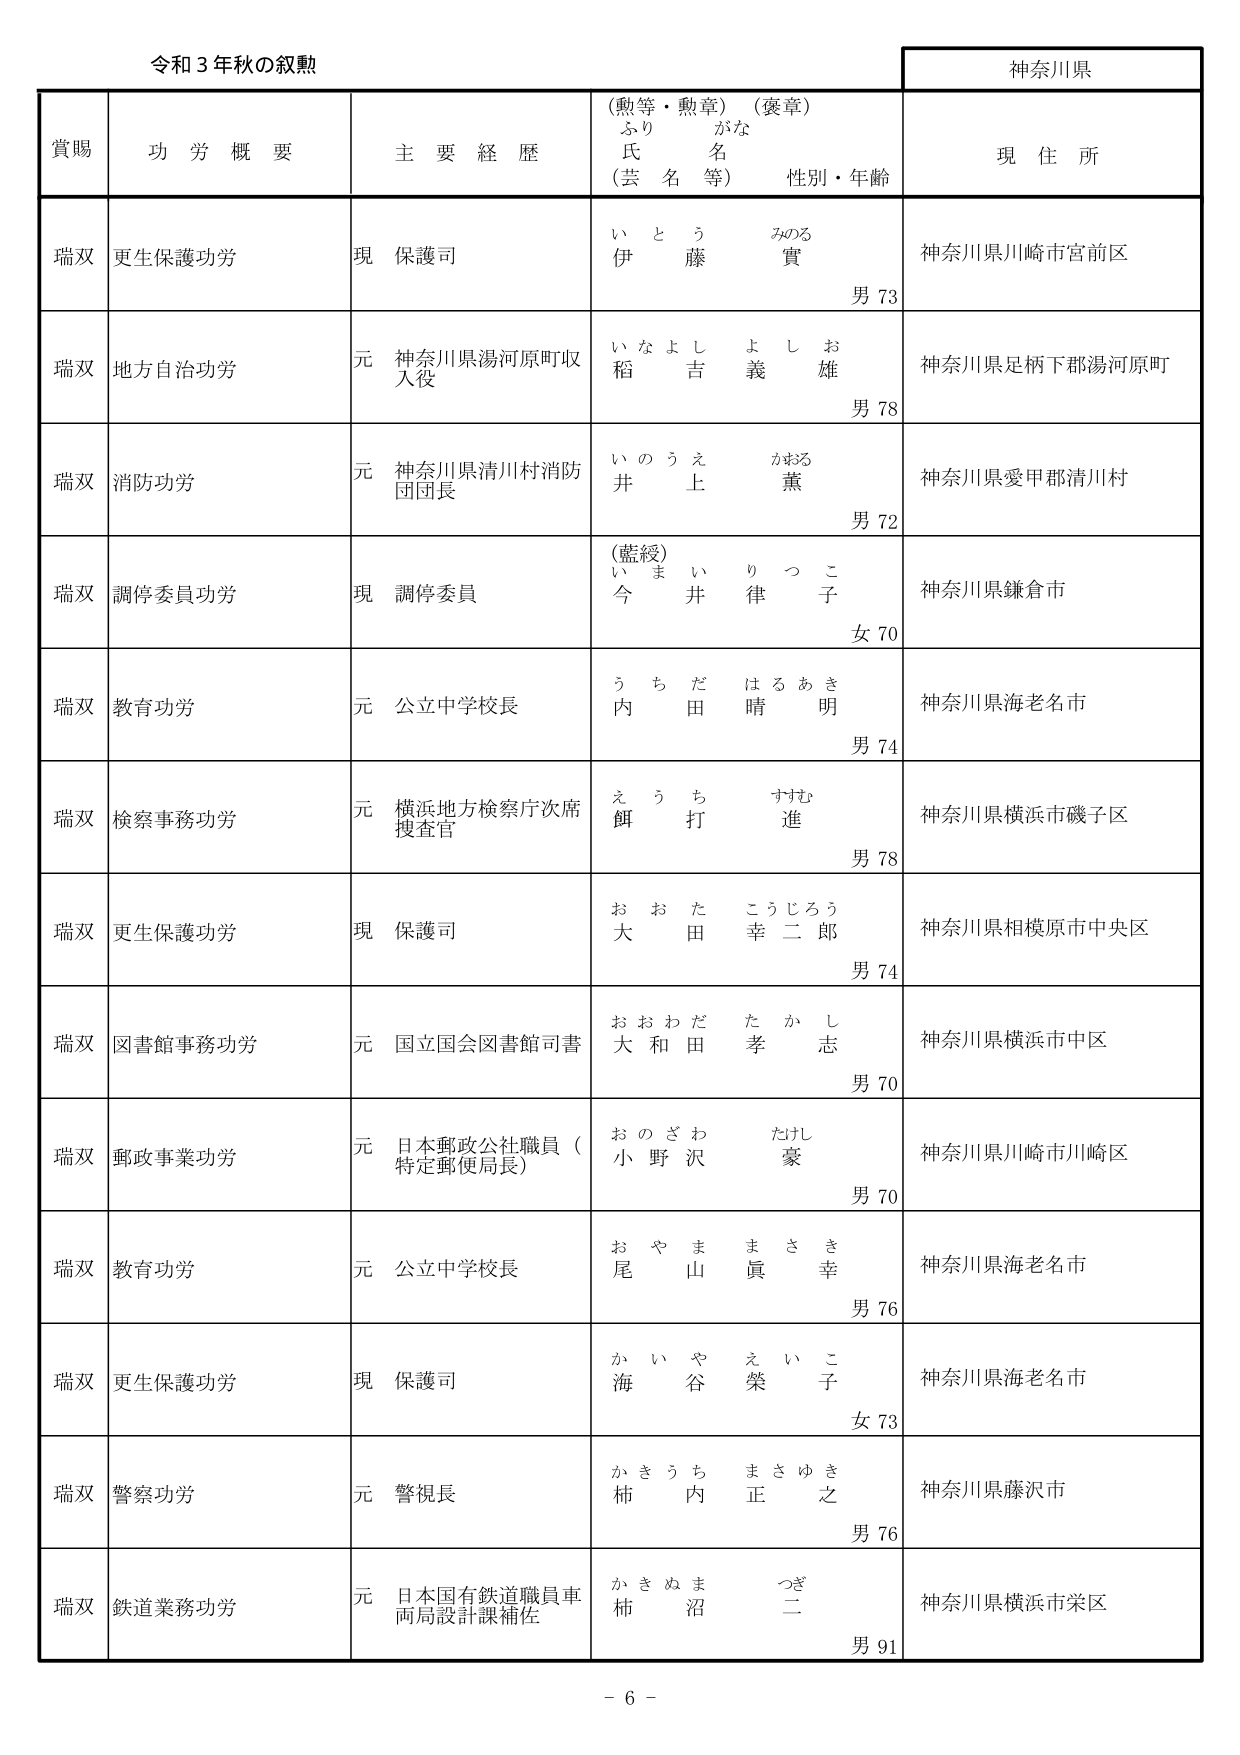
令和３年秋の叙勲

神奈川県

賞賜　　功労概要　　主要経歴　　（勲等・勲章）（褒章）　　現住所
　　　　　　　　　　　　ふりがな
　　　　　　　　　　　　氏名（芸名等）　　性別・年齢

瑞双　更生保護功労　　現　保護司　　いとう　みのる　伊藤　實　　男73　　神奈川県川崎市宮前区

瑞双　地方自治功労　　元　神奈川県湯河原町収入役　　いなよし　よしお　稲吉　義雄　　男78　　神奈川県足柄下郡湯河原町

瑞双　消防功労　　元　神奈川県清川村消防団団長　　いのうえ　かおる　井上　薫　　男72　　神奈川県愛甲郡清川村

瑞双　調停委員功労　　現　調停委員　　（藍綬）いまい　りつこ　今井　律子　　女70　　神奈川県鎌倉市

瑞双　教育功労　　元　公立中学校長　　うちだ　はるあき　内田　晴明　　男74　　神奈川県海老名市

瑞双　検察事務功労　　元　横浜地方検察庁次席捜査官　　えうち　すすむ　餌打　進　　男78　　神奈川県横浜市磯子区

瑞双　更生保護功労　　現　保護司　　おおた　こうじろう　大田　幸二郎　　男74　　神奈川県相模原市中央区

瑞双　図書館事務功労　　元　国立国会図書館司書　　おおわだ　たかし　大和田　孝志　　男70　　神奈川県横浜市中区

瑞双　郵政事業功労　　元　日本郵政公社職員（特定郵便局長）　　おのざわ　たけし　小野沢　豪　　男70　　神奈川県川崎市川崎区

瑞双　教育功労　　元　公立中学校長　　おやま　まさき　尾山　眞幸　　男76　　神奈川県海老名市

瑞双　更生保護功労　　現　保護司　　かいや　えいこ　海谷　榮子　　女73　　神奈川県海老名市

瑞双　警察功労　　元　警視長　　かきうち　まさゆき　柿内　正之　　男76　　神奈川県藤沢市

瑞双　鉄道業務功労　　元　日本国有鉄道職員車両局設計課補佐　　かきぬま　つぎ　柿沼　二　　男91　　神奈川県横浜市栄区

－６－